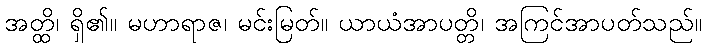
အတ္ထိ၊ ရှိ၏။ မဟာရာဇ၊ မင်းမြတ်။ ယာယံအာပတ္တိ၊ အကြင်အာပတ်သည်။